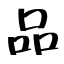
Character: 品